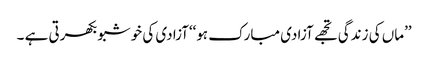
’’ماں کی زندگی تجھے آزادی مبارک ہو‘‘آزادی کی خوشبو بکھرتی ہے ۔